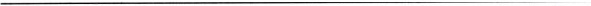
___